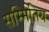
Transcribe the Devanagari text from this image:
सम्मितिय